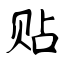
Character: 贴